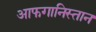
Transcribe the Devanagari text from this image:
आफगानिस्तान